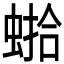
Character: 𱿰